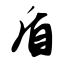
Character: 盾